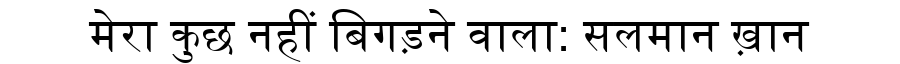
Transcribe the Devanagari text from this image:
मेरा कुछ नहीं बिगड़ने वाला: सलमान ख़ान